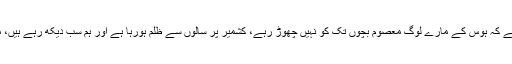
ایک طرف قرآنی آیات ہوتی ہیں تودوسری طرف نازیبا وڈیوز یا تصاویر…المیہ ہے کہ ہوس کے مارے لوگ معصوم بچوں تک کو نہیں چھوڑ رہے، کشمیر پر سالوں سے ظلم ہورہا ہے اور ہم سب دیکھ رہے ہیں، مگر ہم اس قدربے بس ہیں کہ کچھ کرنہیںسکتے، کیونکہ وہ ظلم ہم پر نہیں ہورہا۔